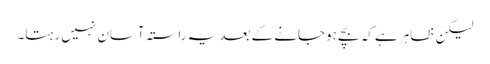
لیکن ظاہر ہے کہ بچے ہوجانے کے بعد یہ راستہ آسان نہیں رہتا۔